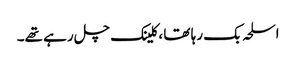
اسلحہ بک رہا تھا ، کلینک چل رہے تھے۔